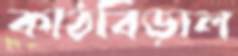
কাঠবিড়াল